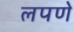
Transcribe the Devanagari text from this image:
लपणे